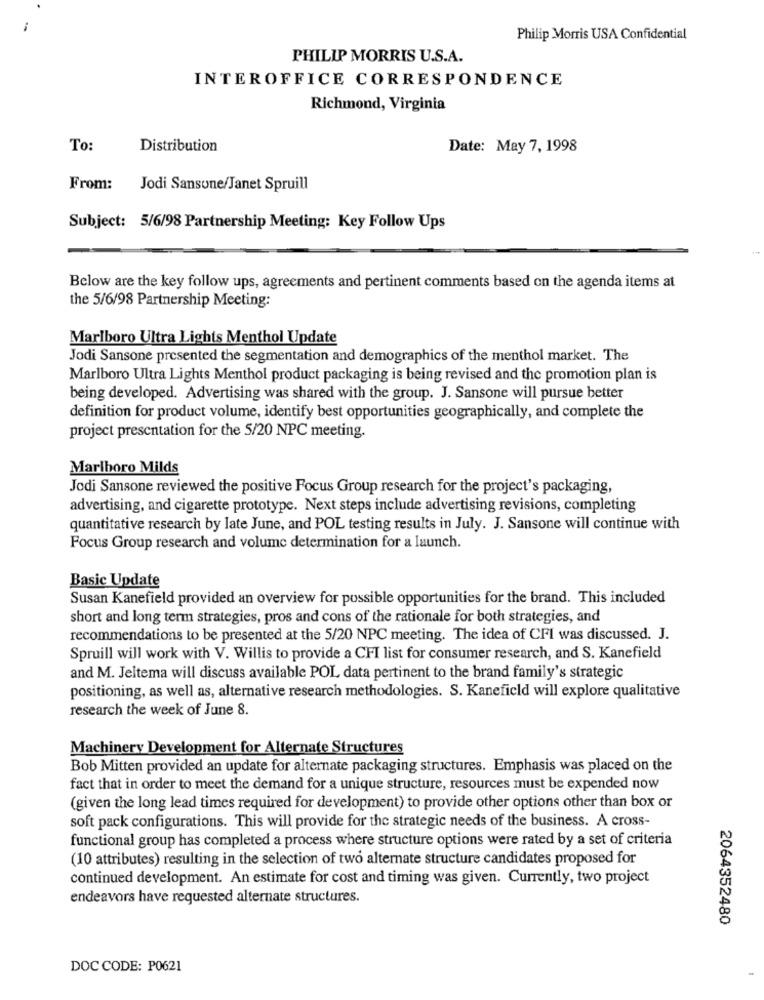
Philip Morris USA Confidential
PHILIP MORRIS U.S.A.
INTEROFFICE CORRESPONDENCE
Richmond, Virginia
To:
Distribution
Date: May 7, 1998
From:
Jodi Sansone/Janet Spruill
Subject: 5/6/98 Partnership Meeting: Key Follow Ups
Below are the key follow ups, agreements and pertinent comments based on the agenda items at
the 5/6/98 Partnership Meeting:
Marlboro Ultra Lights Menthol Update
Jodi Sansone presented the segmentation and demographics of the menthol market. The
Marlboro Ultra Lights Menthol product packaging is being revised and the promotion plan is
being developed. Advertising was shared with the group. J. Sansone will pursue better
definition for product volume, identify best opportunities geographically, and complete the
project presentation for the 5/20 NPC meeting.
Marlboro Milds
Jodi Sansone reviewed the positive Focus Group research for the project's packaging,
advertising, and cigarette prototype. Next steps include advertising revisions, completing
quantitative research by late June, and POL testing results in July. J. Sansone will continue with
Focus Group research and volume determination for a launch.
Basic Update
Susan Kanefield provided an overview for possible opportunities for the brand. This included
short and long term strategies, pros and cons of the rationale for both strategies, and
recommendations to be presented at the 5/20 NPC meeting. The idea of CFI was discussed. J.
Spruill will work with V. Willis to provide a CFI list for consumer research, and S. Kanefield
and M. Jeltema will discuss available POL data pertinent to the brand family's strategic
positioning, as well as, alternative research methodologies. S. Kaneficld will explore qualitative
research the week of June 8.
Machinery Development for Alternate Structures
Bob Mitten provided an update for alternate packaging structures. Emphasis was placed on the
fact that in order to meet the demand for a unique structure, resources must be expended now
(given the long lead times required for development) to provide other options other than box or
soft pack configurations. This will provide for the strategic needs of the business. A cross-
functional group has completed a process where structure options were rated by a set of criteria
(10 attributes) resulting in the selection of two alternate structure candidates proposed for
continued development. An estimate for cost and timing was given. Currently, two project
endeavors have requested alternate structures.
2064352480
DOC CODE: P0621